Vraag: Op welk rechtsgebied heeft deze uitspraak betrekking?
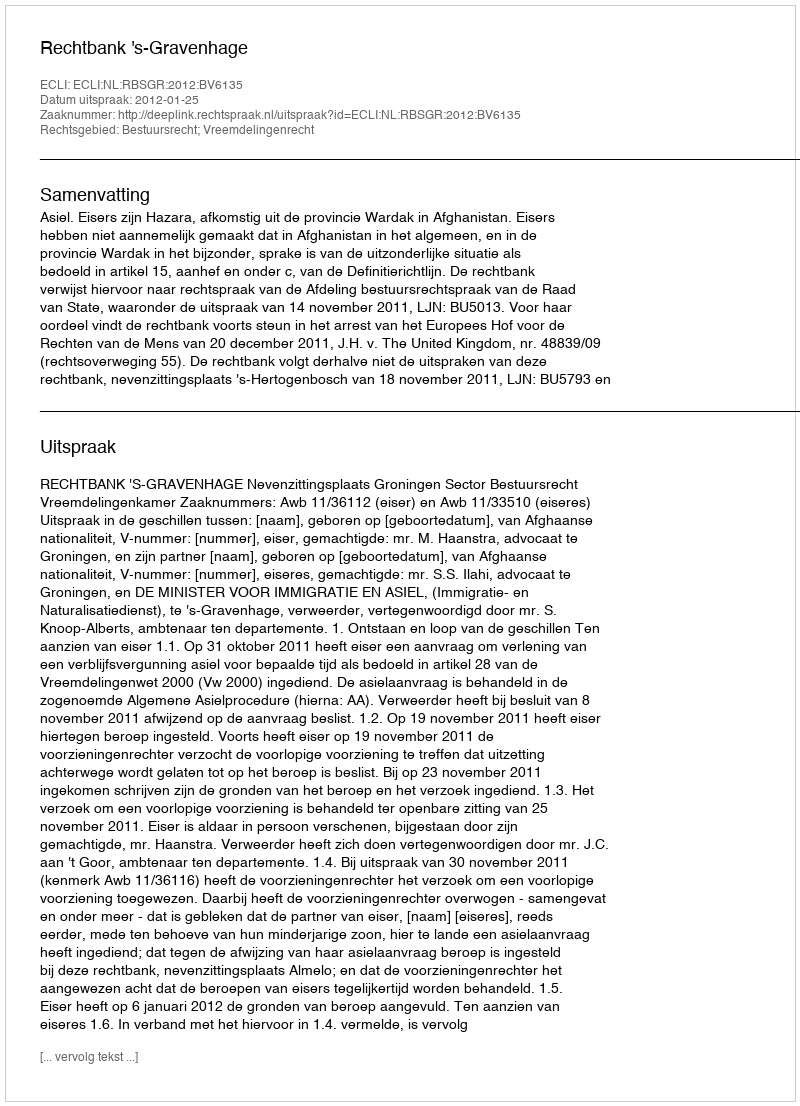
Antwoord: Bestuursrecht; Vreemdelingenrecht